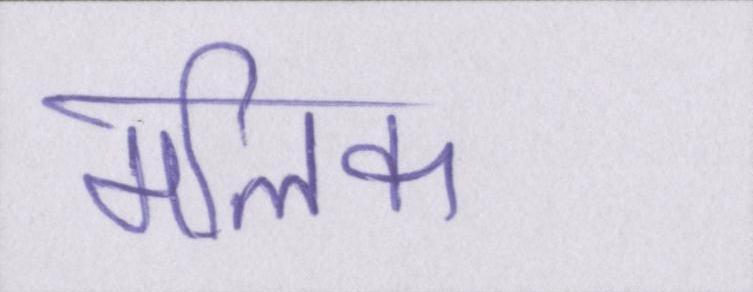
मलिक